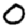
Digit: 0